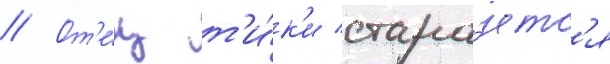
// От'е́ц т'и́к'и стара́етс'я